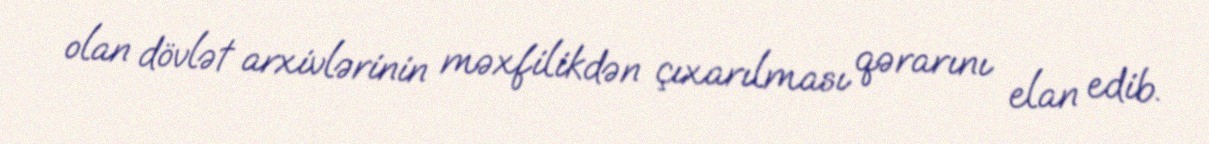
olan dövlət arxivlərinin məxfilikdən çıxarılması qərarını elan edib.